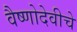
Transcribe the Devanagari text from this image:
वैष्णोदेवीचे